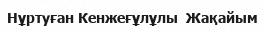
Нұртуған Кенжеғұлұлы  Жақайым